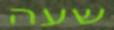
שעה